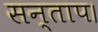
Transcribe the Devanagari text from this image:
सन्‍ताप।